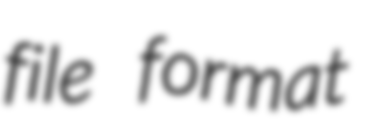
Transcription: file format